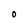
Character: O